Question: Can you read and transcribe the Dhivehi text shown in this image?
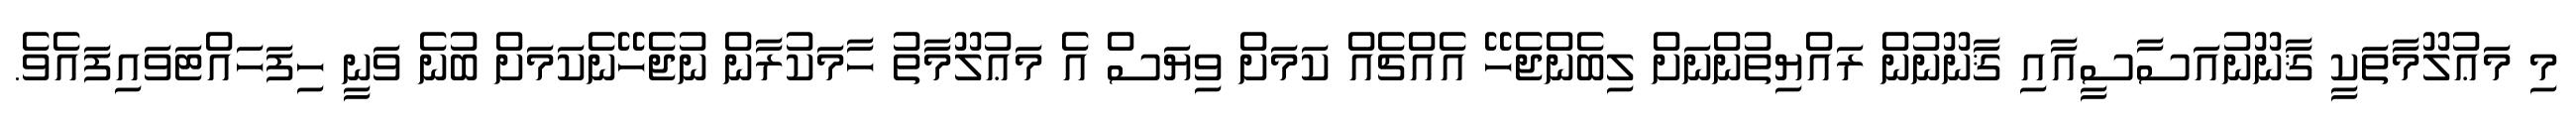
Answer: މި މަޢުލޫމާތަކީ ޤާނޫނުއަސާސީއާއި ޤާނޫނުން ރައްޔިތުންނަށް ލިބެންޖެހޭ އެއްޗެއް ކަމަށް ވިޔަސް އެ މަޢުލޫމާތު ހާމަކުރާން ނުޖެހޭނެކަމަށް ބުނެ ވަނީ ހިފަހައްޓަވައިފައެވެ.